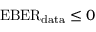
\mathrm { E B E R } _ { \mathrm { d a t a } } \le 0